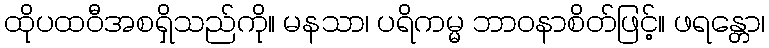
ထိုပထဝီအစရှိသည်ကို။ မနသာ၊ ပရိကမ္မ ဘာဝနာစိတ်ဖြင့်။ ဖရန္တော၊